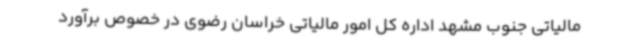
مالیاتی جنوب مشهد اداره کل امور مالیاتی خراسان رضوی در خصوص برآورد